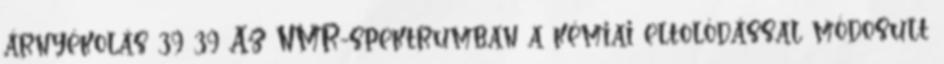
árnyékolás 39 39 Az NMR-spektrumban a kémiai eltolódással módosult